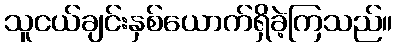
သူငယ်ချင်းနှစ်ယောက်ရှိခဲ့ကြသည်။